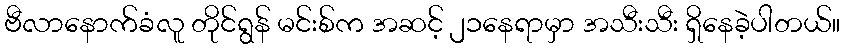
ဗီလာနောက်ခံလူ တိုင်ရွန် မင်းစ်က အဆင့် ၂၁နေရာမှာ အသီးသီး ရှိနေခဲ့ပါတယ်။